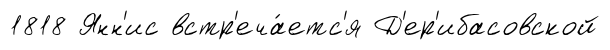
1818 Янн'ис встр'еча́етс'я Д'ер'ибасовской